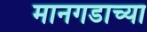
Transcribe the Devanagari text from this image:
मानगडाच्या